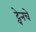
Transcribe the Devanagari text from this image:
ट्वेनचे